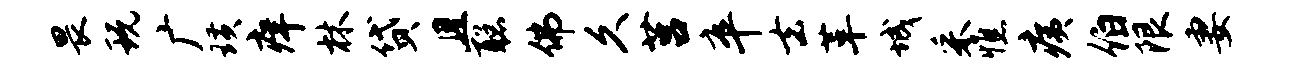
畏玩广璜痒林贷且聪佛久莒卒去革城采憔痍伯限妻